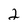
Character: 2